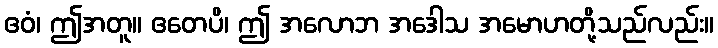
ဧဝံ၊ ဤအတူ။ ဧတေပိ၊ ဤ အလောဘ အဒေါသ အမောဟတို့သည်လည်း။